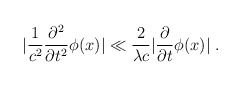
\begin{align*}|\frac{1}{c^2} \frac{\partial^2}{\partial t^2} \phi(x)| \ll \frac{2}{\lambda c}|\frac{\partial}{\partial t}\phi(x)|\;.\end{align*}